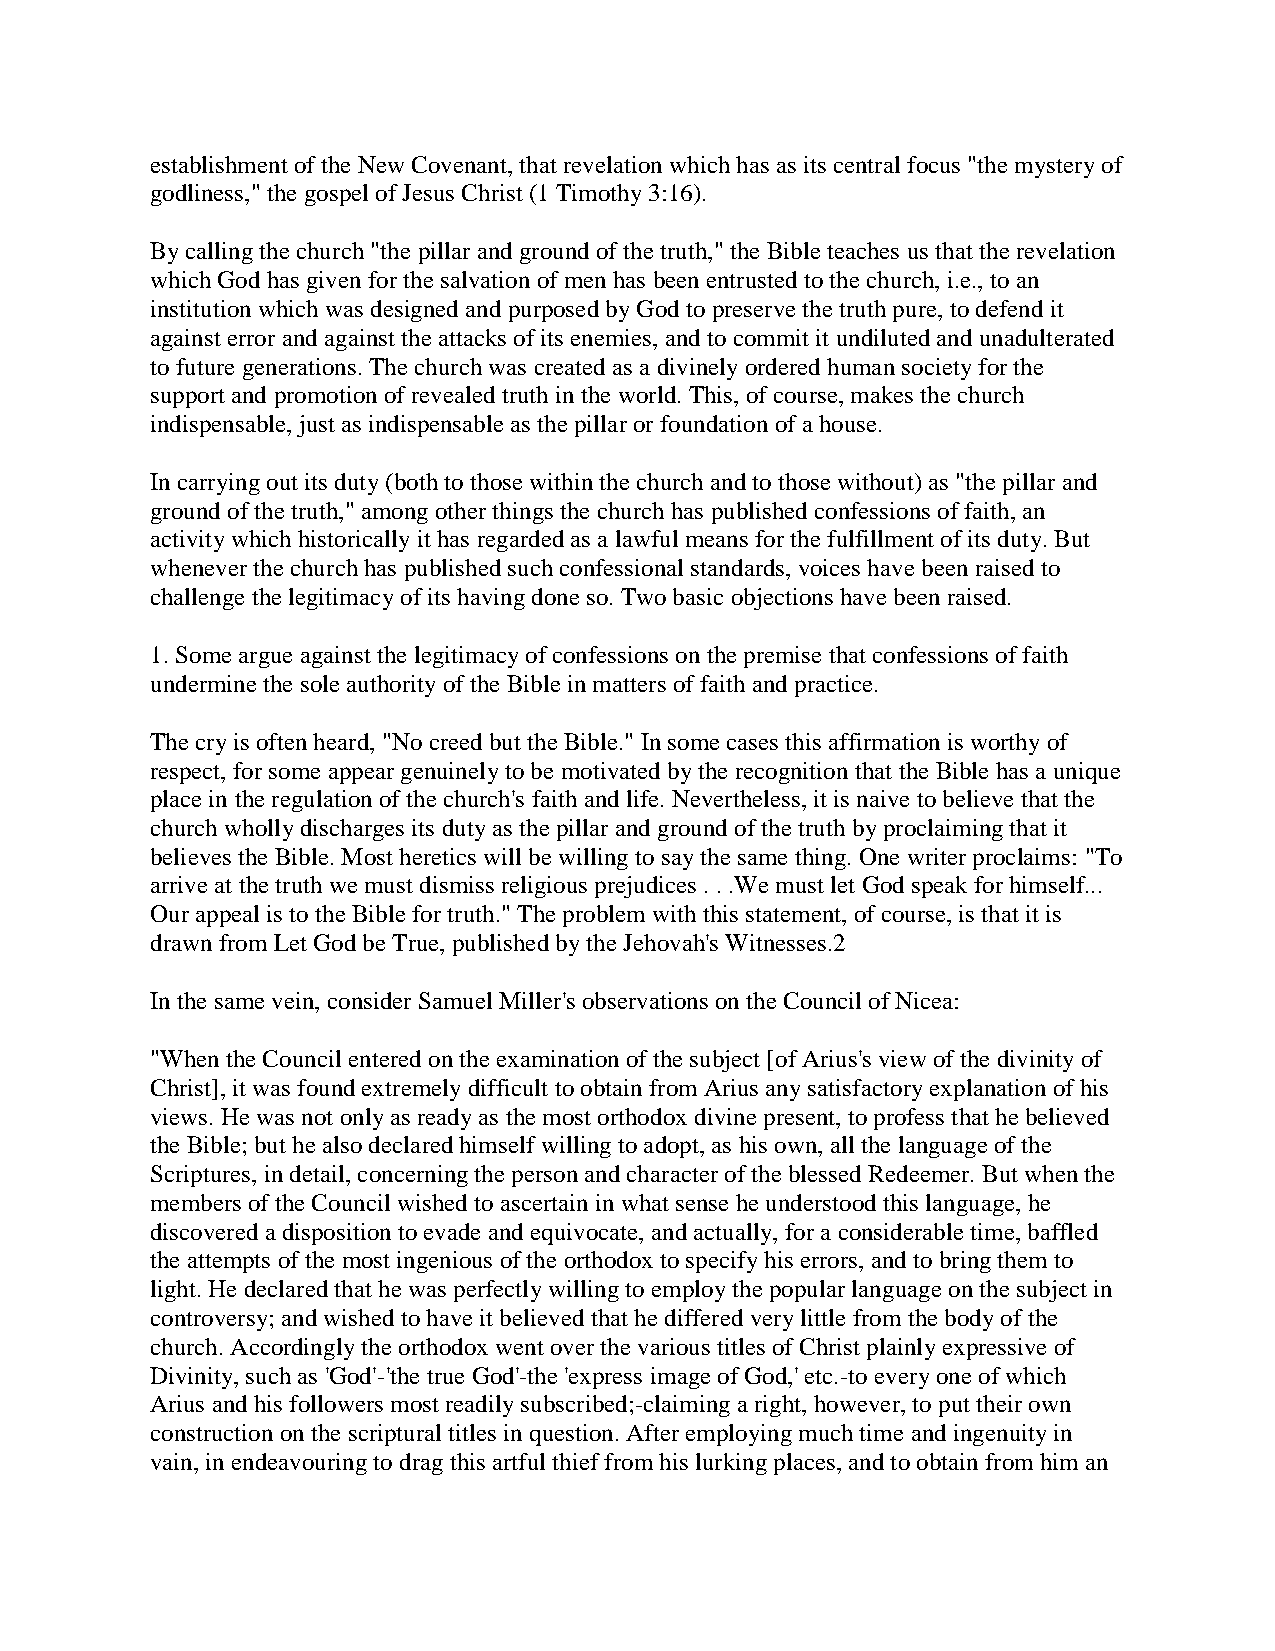
establishment of the New Covenant, that revelation which has as its central focus "the mystery of
 godliness," the gospel of Jesus Christ (1 Timothy 3:16).
 By calling the church "the pillar and ground of the truth," the Bible teaches us that the revelation
 which God has given for the salvation of men has been entrusted to the church, i.e., to an
 institution which was designed and purposed by God to preserve the truth pure, to defend it
 against error and against the attacks of its enemies, and to commit it undiluted and unadulterated
 to future generations. The church was created as a divinely ordered human society for the
 support and promotion of revealed truth in the world. This, of course, makes the church
 indispensable, just as indispensable as the pillar or foundation of a house.
 In carrying out its duty (both to those within the church and to those without) as "the pillar and
 ground of the truth," among other things the church has published confessions of faith, an
 activity which historically it has regarded as a lawful means for the fulfillment of its duty. But
 whenever the church has published such confessional standards, voices have been raised to
 challenge the legitimacy of its having done so. Two basic objections have been raised.
 1. Some argue against the legitimacy of confessions on the premise that confessions of faith
 undermine the sole authority of the Bible in matters of faith and practice.
 The cry is often heard, "No creed but the Bible." In some cases this affirmation is worthy of
 respect, for some appear genuinely to be motivated by the recognition that the Bible has a unique
 place in the regulation of the church's faith and life. Nevertheless, it is naive to believe that the
 church wholly discharges its duty as the pillar and ground of the truth by proclaiming that it
 believes the Bible. Most heretics will be willing to say the same thing. One writer proclaims: "To
 arrive at the truth we must dismiss religious prejudices . . .We must let God speak for himself...
 Our appeal is to the Bible for truth." The problem with this statement, of course, is that it is
 drawn from Let God be True, published by the Jehovah's Witnesses.2
 In the same vein, consider Samuel Miller's observations on the Council of Nicea:
 "When the Council entered on the examination of the subject [of Arius's view of the divinity of
 Christ], it was found extremely difficult to obtain from Arius any satisfactory explanation of his
 views. He was not only as ready as the most orthodox divine present, to profess that he believed
 the Bible; but he also declared himself willing to adopt, as his own, all the language of the
 Scriptures, in detail, concerning the person and character of the blessed Redeemer. But when the
 members of the Council wished to ascertain in what sense he understood this language, he
 discovered a disposition to evade and equivocate, and actually, for a considerable time, baffled
 the attempts of the most ingenious of the orthodox to specify his errors, and to bring them to
 light. He declared that he was perfectly willing to employ the popular language on the subject in
 controversy; and wished to have it believed that he differed very little from the body of the
 church. Accordingly the orthodox went over the various titles of Christ plainly expressive of
 Divinity, such as 'God'-'the true God'-the 'express image of God,' etc.-to every one of which
 Arius and his followers most readily subscribed;-claiming a right, however, to put their own
 construction on the scriptural titles in question. After employing much time and ingenuity in
 vain, in endeavouring to drag this artful thief from his lurking places, and to obtain from him an